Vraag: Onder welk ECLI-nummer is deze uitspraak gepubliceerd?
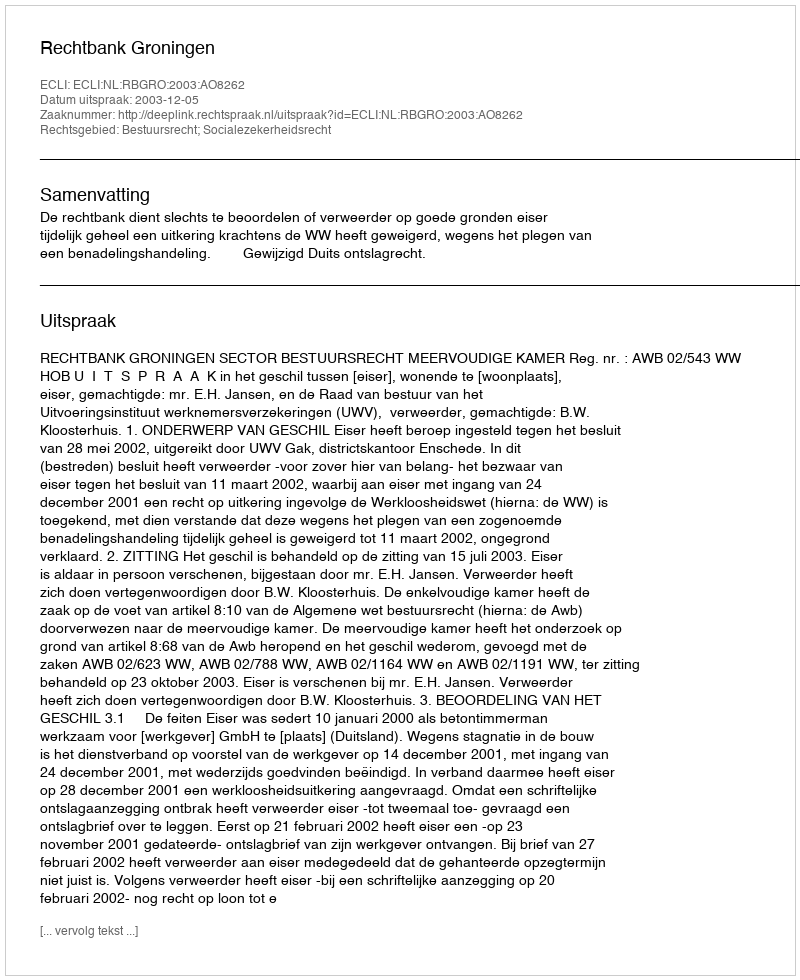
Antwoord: ECLI:NL:RBGRO:2003:AO8262